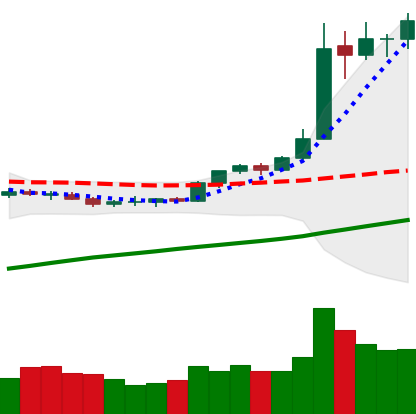
Ticker: BTC-USD
Chart end date: 2020-07-31
Forward return: 3.74%
Label: up_3_5